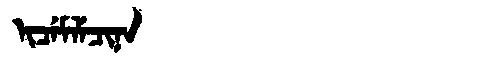
Manchu: ᡳᠴᡝᠮᠯᡝᠴᡳᠨᠠ
Romanization: ICEMLECINA